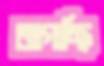
জাগাচ্ছি